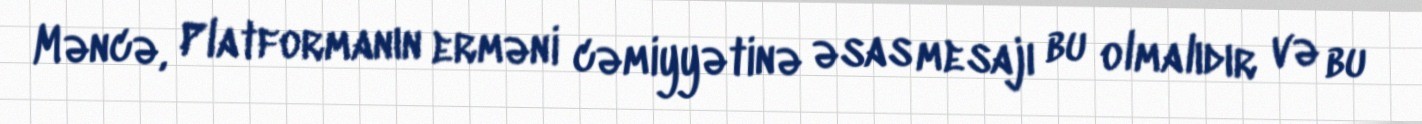
Məncə, Platformanın erməni cəmiyyətinə əsas mesajı bu olmalıdır və bu